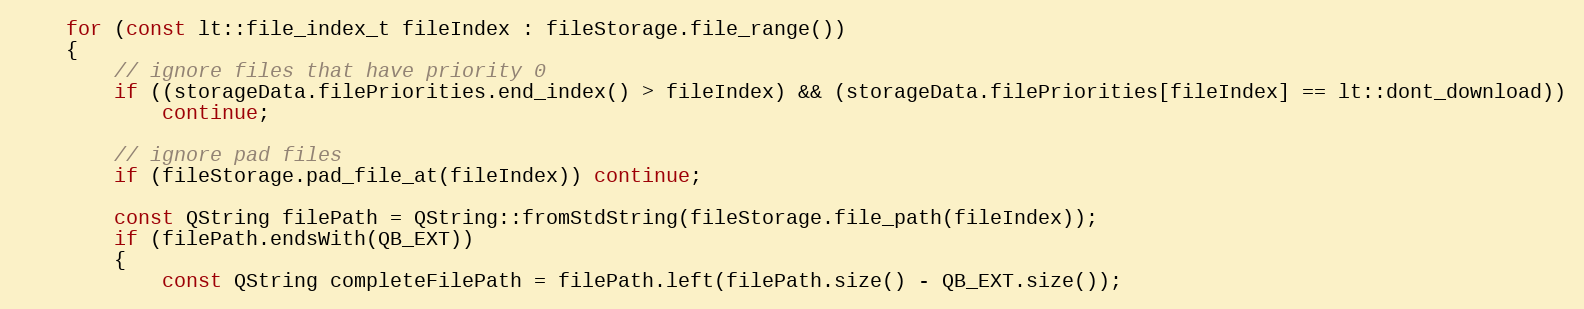
Language: C++
    for (const lt::file_index_t fileIndex : fileStorage.file_range())
    {
        // ignore files that have priority 0
        if ((storageData.filePriorities.end_index() > fileIndex) && (storageData.filePriorities[fileIndex] == lt::dont_download))
            continue;

        // ignore pad files
        if (fileStorage.pad_file_at(fileIndex)) continue;

        const QString filePath = QString::fromStdString(fileStorage.file_path(fileIndex));
        if (filePath.endsWith(QB_EXT))
        {
            const QString completeFilePath = filePath.left(filePath.size() - QB_EXT.size());